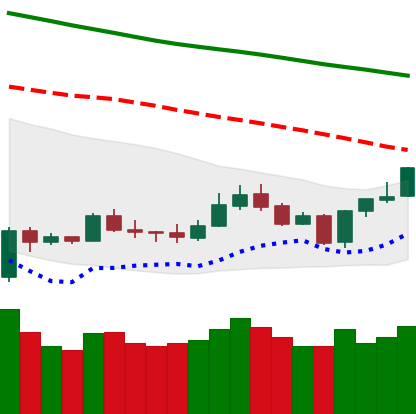
Ticker: LTC-USD
Chart end date: 2020-01-06
Forward return: 7.524%
Label: up_7plus